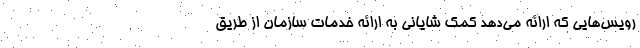
رویس‌هایی که ارائه می‌دهد کمک شایانی به ارائه خدمات سازمان از طریق